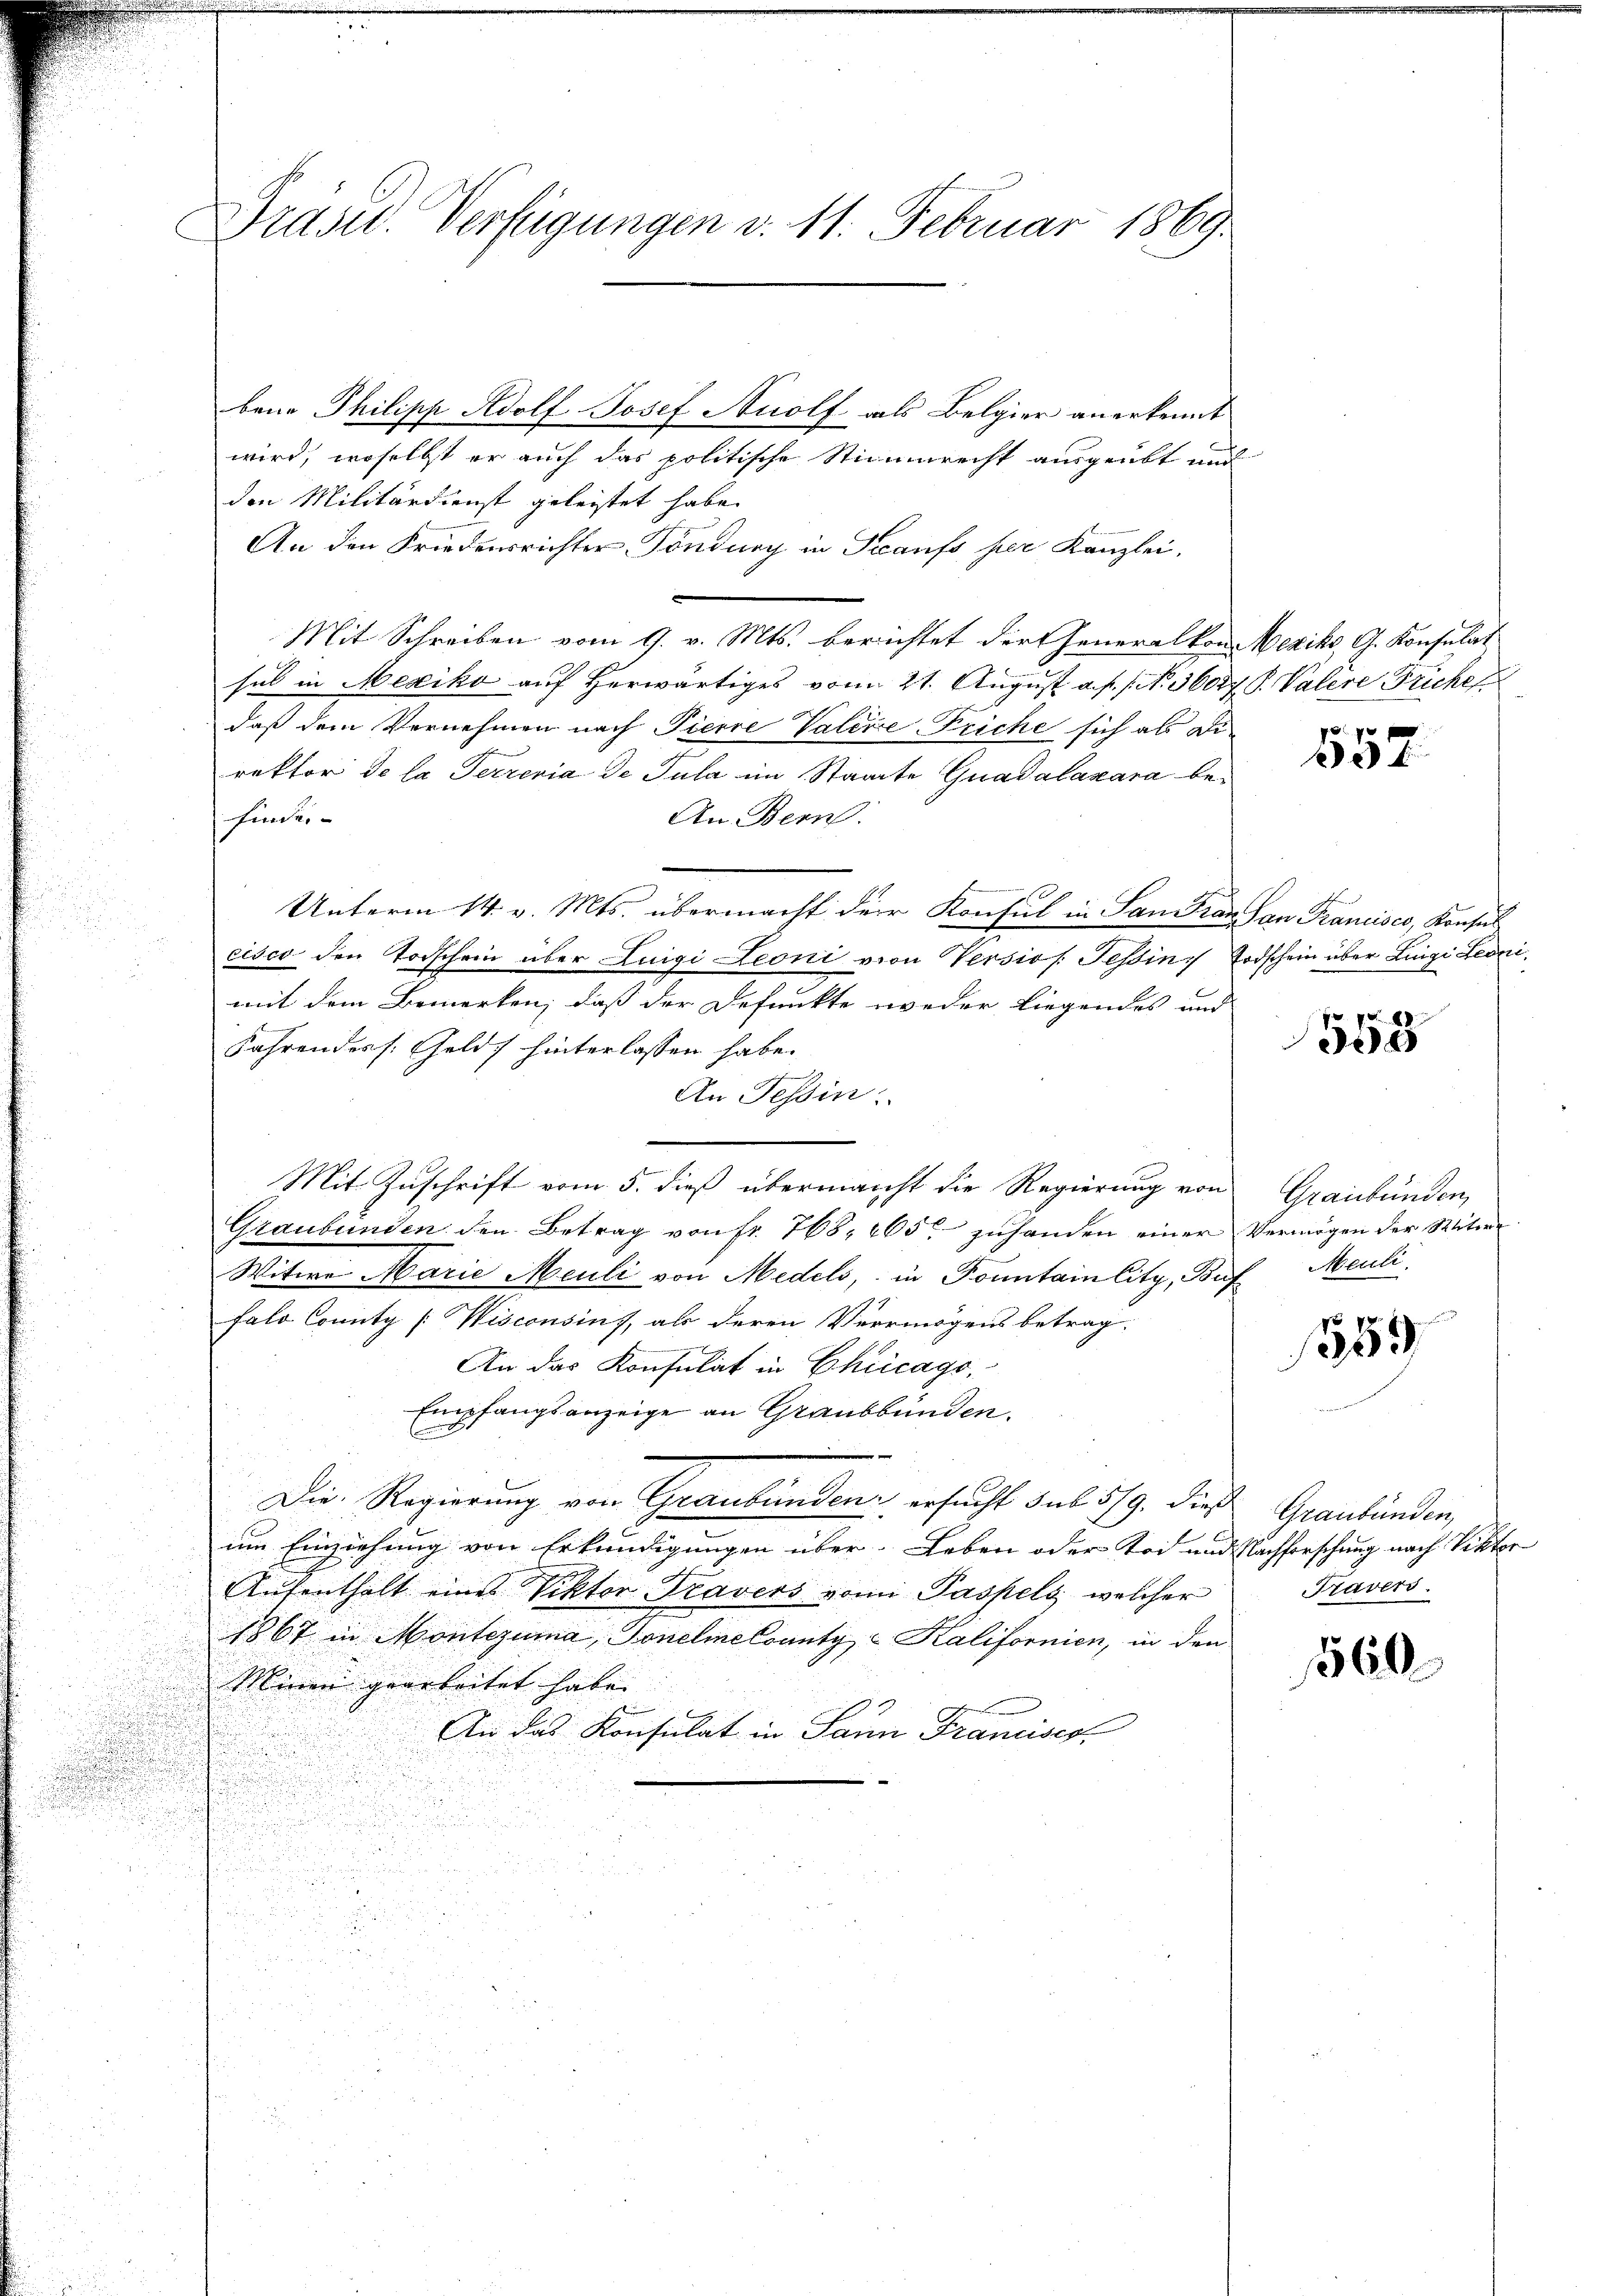
Prasel. Verfügungen v. 11. Februar 1869.

bene Philipp Adolf Josef Anolf als Belgier anerkennt
wird, woselbst er auch das politische Stimmrecht ausgeübt und
den Militärdienst geleistet habe.
An den Friedensrichter Töndung in Kaufs per Kanzlei,
Mit Schreiben vom 9. v. Mts. berichtet der Generalkon Mexiko, G. Konsulat
sul in Mexiko auf herwärtiges vom 21. August a. p. N. 3000 f. P. Valere Frickel
daß dem Vernehmen nach Pierre Valexe Friche sich als Direktor de la Ferrenia de Tula im Staate Guadalazara befinde.
An Bern.
Unterm 14. v. Mts. übermacht der Konsul in San Frau San Francisco, Konsul
cisco den Torschein über Luigi Leoni von Versios. Tessin Todschein über Lingi Leonimit dem Bemerken, daß der Defunkte weder liegendes und
Fahrendes s. Geld hinterlassen habe.
An Tessin.
Mit Zuschrift vom 5. dieß übermancht die Regierung von Graubünden,
Graubünden den Betrag von Fr. 768, 265 zuhanden einer Vermögen der Miter¬
Witwe Marie Meuli von Medels, in Ponntain litz, Buf
falo County [Wisconsins, als deren Vermögens betrag.

An das Konsulat in Chicago,
Empfangsanzeige an Graubbünden.
Die Regierung von Graubünden ersucht sub 5/9. dieß
l
um Einziehung von Erkundigungen über. Leben oder Tod und Nachforschung nach Viktor
Aufenthalt eines Viktor Travers vom Paspels welcher
1867 in Montezuma, Tonelmelounty - Kalifornien, in den
Minen gearbeitet habe. |
An das Konsulat in Saun Francises

10 f 0 x

. 88
e

Meuli

1559

Graubünden,
Travers.

560